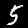
Digit: 5